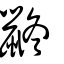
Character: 鼨